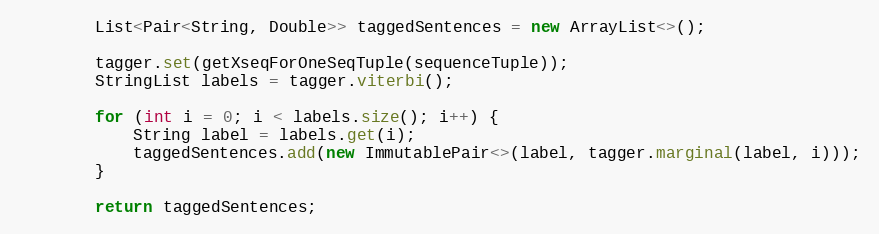
Language: Java
        List<Pair<String, Double>> taggedSentences = new ArrayList<>();

        tagger.set(getXseqForOneSeqTuple(sequenceTuple));
        StringList labels = tagger.viterbi();

        for (int i = 0; i < labels.size(); i++) {
            String label = labels.get(i);
            taggedSentences.add(new ImmutablePair<>(label, tagger.marginal(label, i)));
        }

        return taggedSentences;